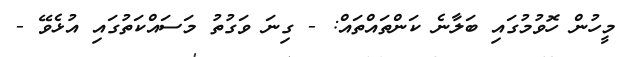
މީހުން ހޮވުމުގައި ބަލާނެ ކަންތައްތައް: - ގިނަ ވަގުތު މަސައްކަތުގައި އުޅެވޭ -